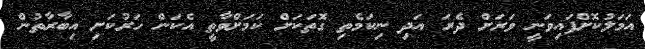
އަމަލުކޮށްފައިވަނީ ވަރަށް ދެރަ އަދި ނިކަމެތި ގޮތަކަށް ކަމަށްވާތީ އެކަން ހަރުކަށި އިބާރާތުން